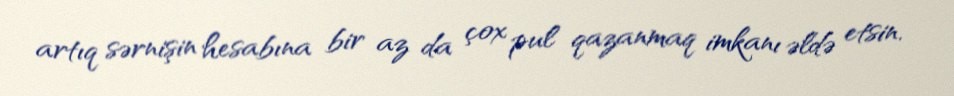
artıq sərnişin hesabına bir az da çox pul qazanmaq imkanı əldə etsin.